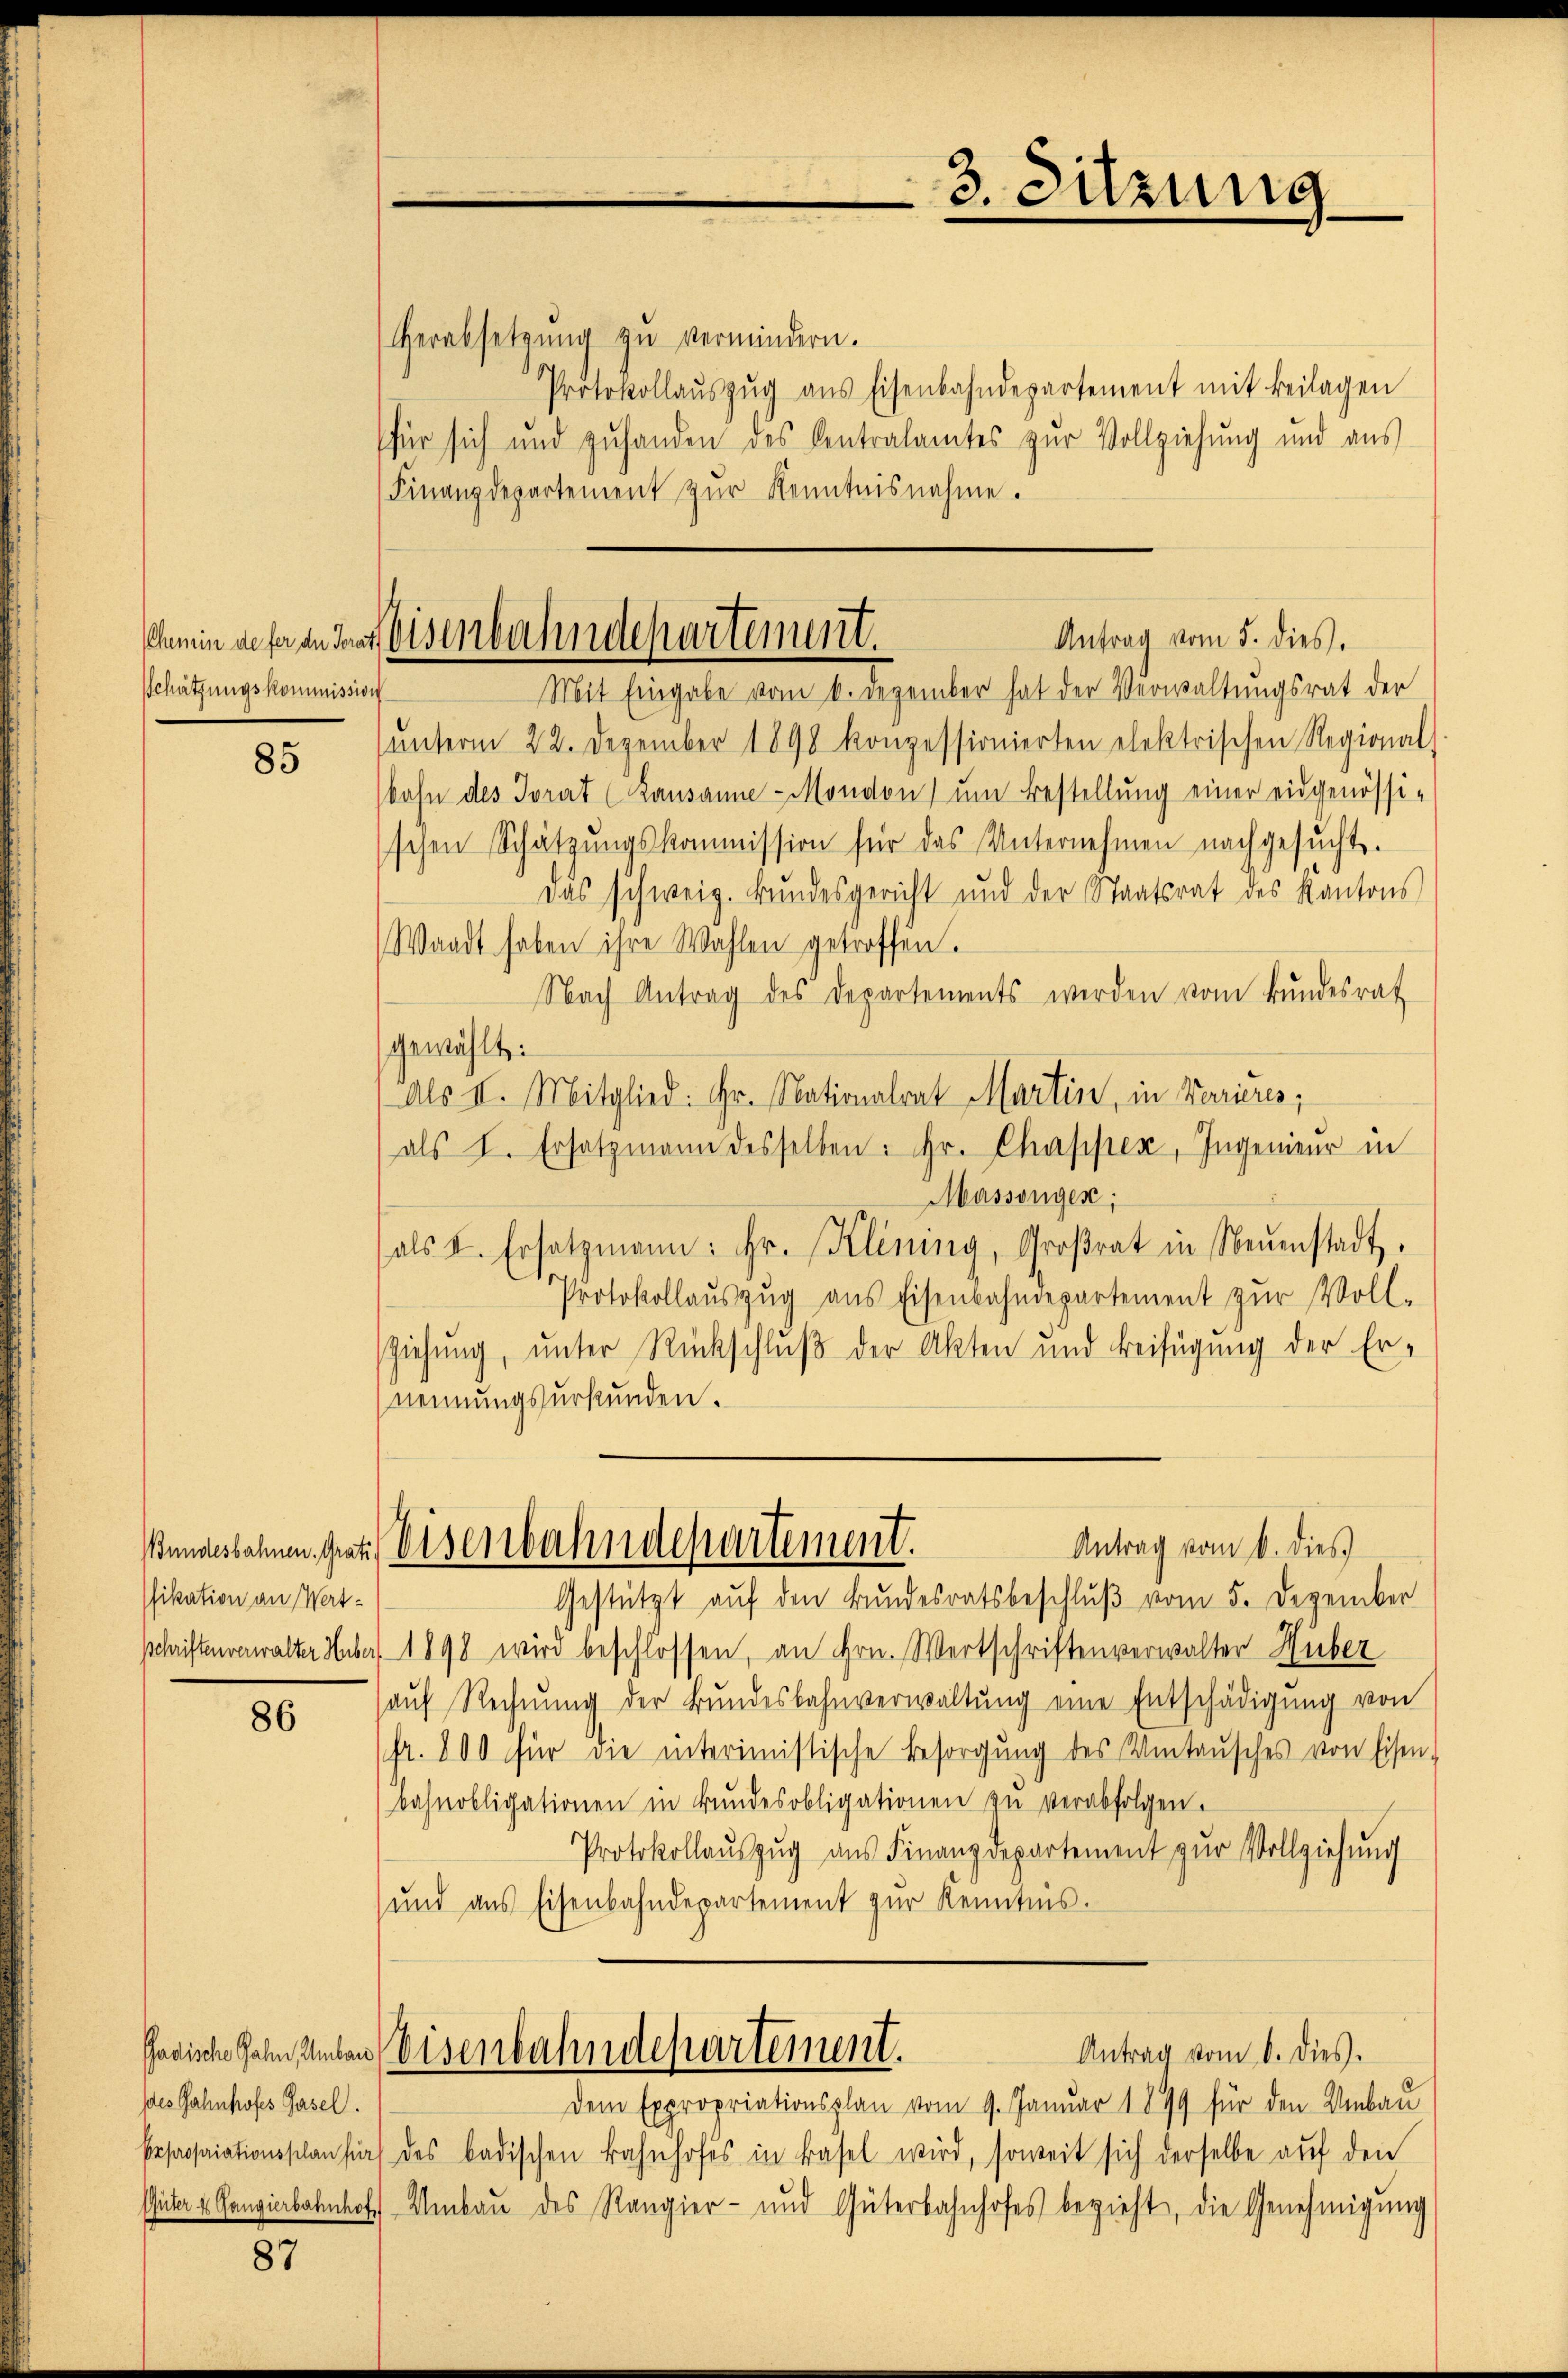
Schätzungskommission

85

Pfikation an Wert-

86

des Bahnhofes Gasel.
Expropriationsplan für
Güter 4 Gangierbahnhof

87

Herabsetzŭng zŭ vermindern.
Protokollaŭszŭg ans Eisenbahndepartement mit Beilagen
für sich und zuhanden des Centralamtes zŭr Vollziehung und aus
Finanzdepartement zŭr Kenntnisnahme.
Mit Eingabe vom 6. Dezember hat der Verwaltungsrat der
ŭnterm 22. Dezember 1898 konzessionierten elektrischen Regional-
bahn des Torat (Lausanne - Mondon) um Bestellung einer eidgenössi-
schen Schätzungskommission für das Unternehmen nachgesucht.
Das schweiz. Bŭndesgericht und der Staatsrat des Kantons
Waadt haben ihre Wahlen getroffen.
Nach Antrag des Departements werden vom Bŭndesrat
gewählt:
Als II. Mitglied: Hr. Nationalrat Martin, in Varieres;
als I. Ersatzmann desselben: hr. Chapper, Ingenieŭr in
Massengen;
als I. Ersatzmann: Hr. Klining, Groβrat in Neŭenstadt.
Protokollaŭszŭg aŭs Eisenbahndepartement zŭr Voll-
sziehung, unter Rückschluß der Akten und Beifügung der Er-
nennungsurkunden.
Antrag vom 6. dies
Bundesbahnen, grath Disenbahndepartement.
Gestützt aŭf den Bundesratsbeschlŭβ vom 5. Dezember
schriftenverwalter Huber 1898 wird beschlossen, an Hrn. Wertschriftenverwalter Huber
auf Rechnung der Bundesbahnverwaltung eine Entschädigung von
fr. 800 für die interimistische Besorgŭng des Vitaŭsches von Eisen-
Bahnobligationen in Bŭndesobligationen zŭ verabfolgen.
Protokollaŭszŭg aŭs Finanzdepartement zŭr Vollziehŭng
und aus Eisenbahndepartement zŭr Kenntnis.

3. Sitzung

Antrag vom 5. dies.
dhamin des in des Eisenbahndepartement.

Antrag vom 6. dies.
Gadische Gehen schulen Eisenbahndepartement.

dem Expropriationsplan vom 9. Januar 1899 für den Umbau
des badischen Bahnhofes in Basel wird, soweit sich derselbe aŭf den
Umbaŭ des Rangier- und Güterbahnhofes bezieht, die Genehmigŭng